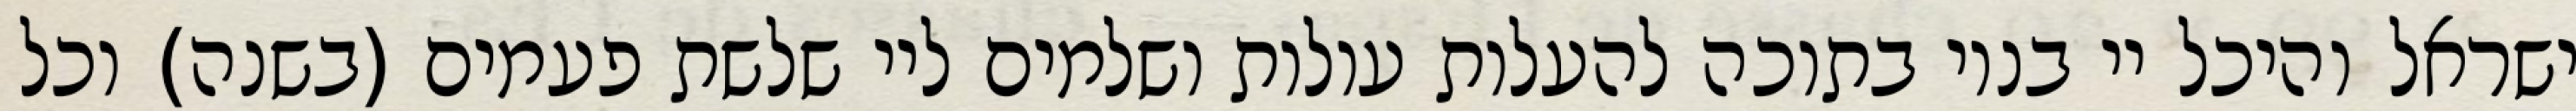
ישראל והיכל יי בנוי בתוכה להעלות עולות ושלמים ליי שלשת פעמים (בשנה) וכל